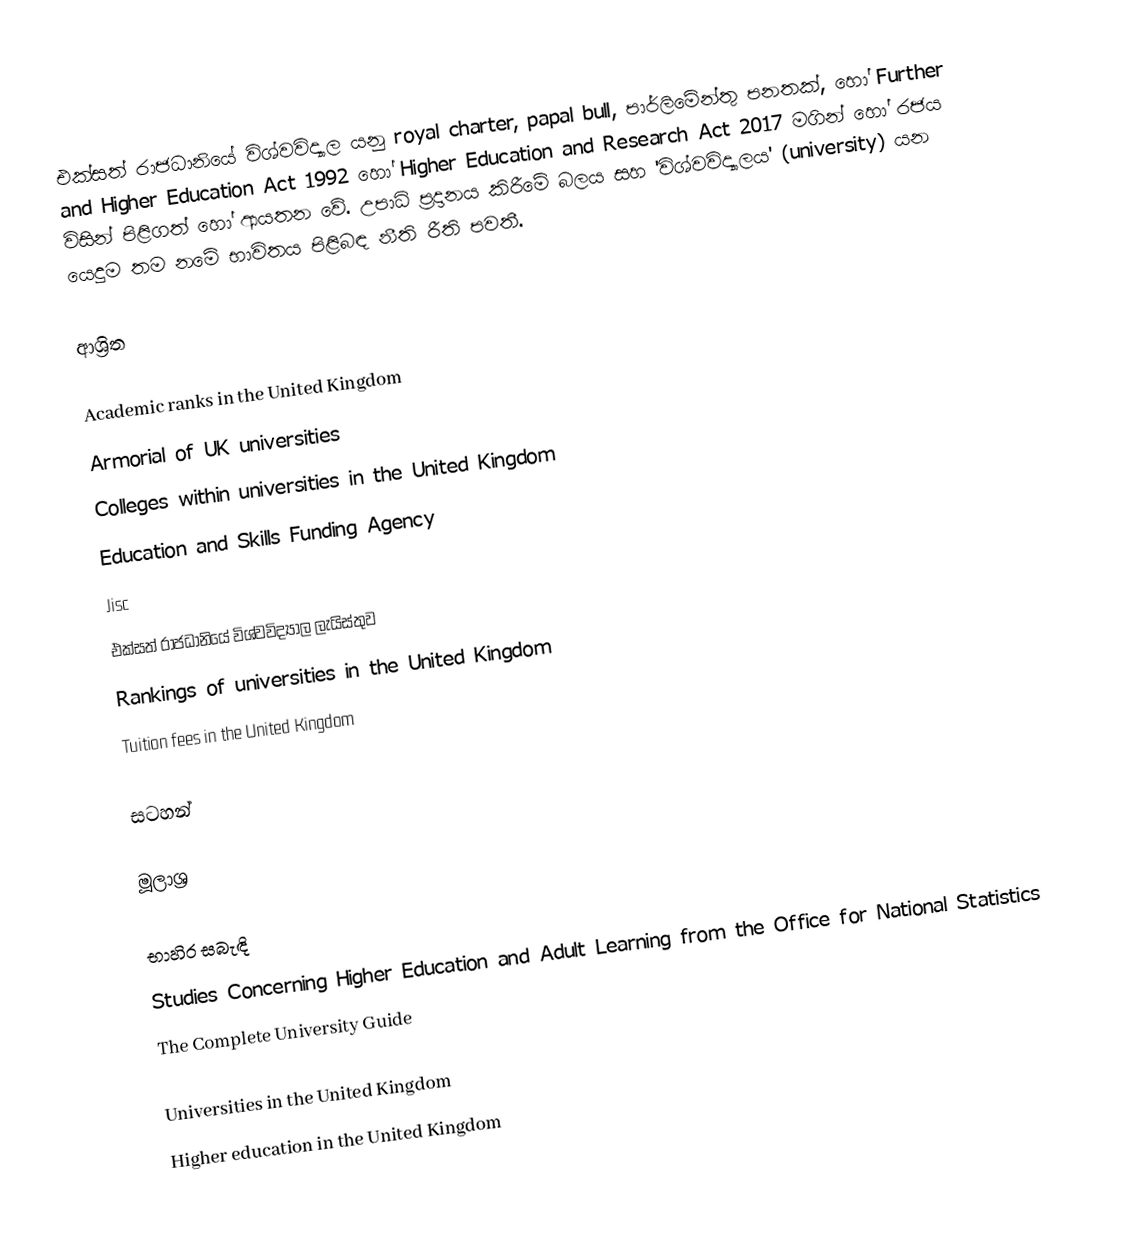
එක්සත් රාජධානියේ විශ්වවිද්‍යාල යනු royal charter, papal bull, පාර්ලිමේන්තු පනතක්, හෝ Further and Higher Education Act 1992 හෝ Higher Education and Research Act 2017 මගින් හෝ රජය විසින් පිළිගත් හෝ ආයතන වේ. උපාධි ප්‍රදානය කිරීමේ බලය සහ 'විශ්වවිද්‍යාලය' (university) යන යෙදුම තම නමේ භාවිතය පිළිබඳ නීති රීති පවතී.

ආශ්‍රිත

Academic ranks in the United Kingdom
Armorial of UK universities
Colleges within universities in the United Kingdom
Education and Skills Funding Agency
Jisc
එක්සත් රාජධානියේ විශ්වවිද්‍යාල ලැයිස්තුව
Rankings of universities in the United Kingdom
Tuition fees in the United Kingdom

සටහන්

මූලාශ්‍ර

භාහිර සබැඳි
Studies Concerning Higher Education and Adult Learning from the Office for National Statistics
The Complete University Guide

Universities in the United Kingdom
Higher education in the United Kingdom